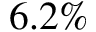
6 . 2 \%